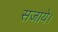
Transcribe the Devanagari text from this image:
सजाये।